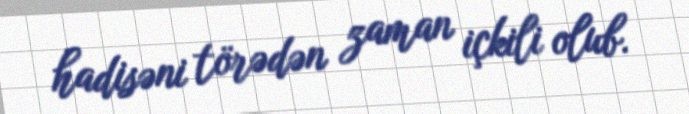
hadisəni törədən zaman içkili olub.